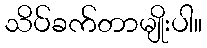
သိပ်ခက်တာမျိုးပါ။